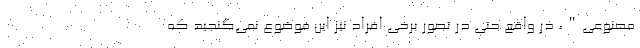
مصنوعی"، در واقع حتی در تصور برخی افراد نیز این موضوع نمی‌گنجید که